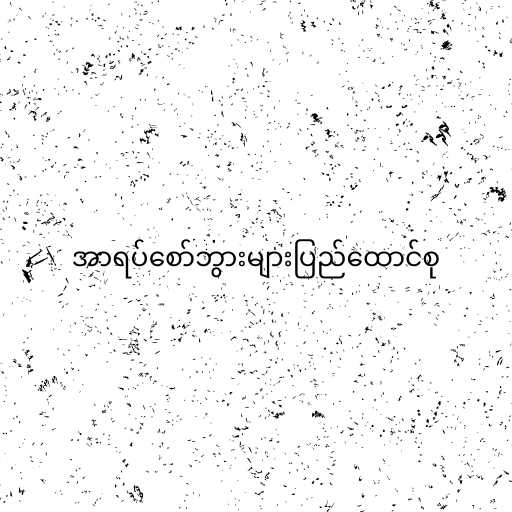
အာရပ်စော်ဘွားများပြည်ထောင်စု